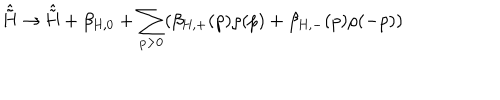
\hat { \tilde { \mathrm { H } } } \rightarrow \hat { \tilde { \mathrm { H } } } + \beta _ { \mathrm { H , 0 } } + \sum _ { p > 0 } ( \beta _ { \mathrm { H , + } } ( p ) \rho ( p ) + \beta _ { \mathrm { H , - } } ( p ) \rho ( - p ) )